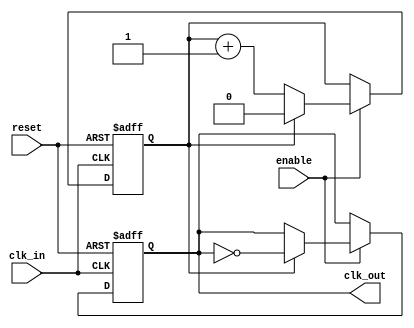
module clock_divider #(
    parameter DIV_FACTOR = 2  // Division factor must be a positive integer
)(
    input wire clk_in,        // Input clock signal
    input wire reset,         // Asynchronous reset signal
    input wire enable,        // Enable signal for clock division
    output reg clk_out        // Output clock signal
);

    // Internal counter
    reg [$clog2(DIV_FACTOR)-1:0] counter; // Counter to track input clock cycles

    // Always block triggered on the rising edge of clk_in
    always @(posedge clk_in or posedge reset) begin
        if (reset) begin
            // Reset condition
            counter <= 0;
            clk_out <= 1'b0; // Set output clock to known state (low)
        end else if (enable) begin
            // Increment counter
            if (counter == DIV_FACTOR - 1) begin
                // Toggle output clock when counter reaches DIV_FACTOR
                clk_out <= ~clk_out;
                counter <= 0; // Reset counter
            end else begin
                counter <= counter + 1; // Increment counter
            end
        end
    end

endmodule